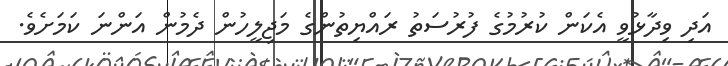
އަދި ވިދާޅުވީ އެކަން ކުރުމުގެ ފުރުސަތު ރައްޔިތުންގެ މަޖިލީހުން ދެމުން އަންނަ ކަމަށެވެ.